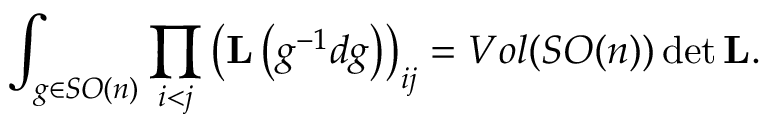
\int _ { g \in S O ( n ) } \prod _ { i < j } \left( { \bf L } \left( g ^ { - 1 } d g \right) \right) _ { i j } = V o l ( S O ( n ) ) \operatorname * { d e t } { \bf L } .